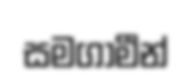
සමගාමීන්